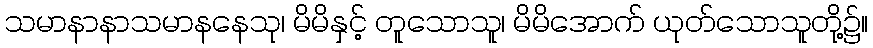
သမာနာနာသမာနနေသု၊ မိမိနှင့် တူသောသူ၊ မိမိအောက် ယုတ်သောသူတို့၌။